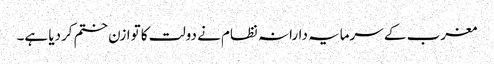
مغرب کے سرمایہ دارانہ نظام نے دولت کا توازن ختم کردیا ہے۔